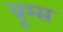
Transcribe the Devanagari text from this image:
ब्रूम्स